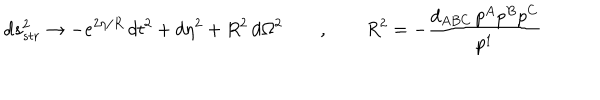
d s _ { s t r } ^ { 2 } \rightarrow - e ^ { 2 \eta / R } \, d t ^ { 2 } + d \eta ^ { 2 } + R ^ { 2 } \, d \Omega ^ { 2 } \qquad , \qquad R ^ { 2 } = - { \frac { d _ { A B C } \, p ^ { A } p ^ { B } p ^ { C } } { p ^ { 1 } } }